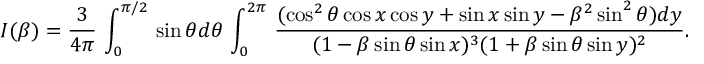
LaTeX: I ( \beta ) = \frac { 3 } { 4 \pi } \, \int _ { 0 } ^ { \pi / 2 } \, \sin \theta d \theta \, \int _ { 0 } ^ { 2 \pi } \, \frac { ( \cos ^ { 2 } \theta \cos x \cos y + \sin x \sin y - \beta ^ { 2 } \sin ^ { 2 } \theta ) d y } { ( 1 - \beta \sin \theta \sin x ) ^ { 3 } ( 1 + \beta \sin \theta \sin y ) ^ { 2 } } .